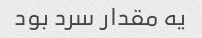
یه مقدار سرد بود